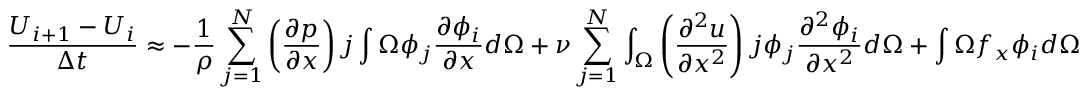
{ \frac { U _ { i + 1 } - U _ { i } } { \Delta t } } \approx - { \frac { 1 } { \rho } } \sum _ { j = 1 } ^ { N } \left( { \frac { \partial p } { \partial x } } \right) j \int { \Omega } \phi _ { j } { \frac { \partial \phi _ { i } } { \partial x } } d \Omega + \nu \sum _ { j = 1 } ^ { N } \int _ { \Omega } \left( { \frac { \partial ^ { 2 } u } { \partial x ^ { 2 } } } \right) j \phi _ { j } { \frac { \partial ^ { 2 } \phi _ { i } } { \partial x ^ { 2 } } } d \Omega + \int { \Omega } f _ { x } \phi _ { i } d \Omega